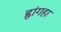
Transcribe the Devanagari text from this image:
ह्वांगहा